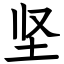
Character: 坚